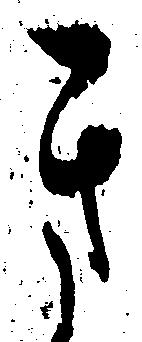
き